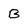
Character: B